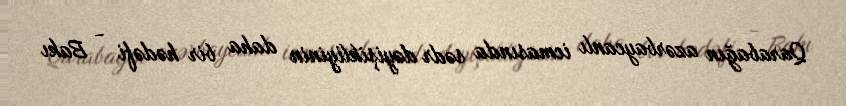
Qarabağın azərbaycanlı icmasında sədr dəyişikliyinin daha bir hədəfi - Bakı